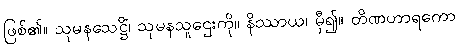
ဖြစ်၏။ သုမနသေဋ္ဌိံ၊ သုမနသူဌေးကို။ နိဿာယ၊ မှီ၍။ တိဏဟာရကော